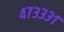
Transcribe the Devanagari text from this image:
४७३३३१